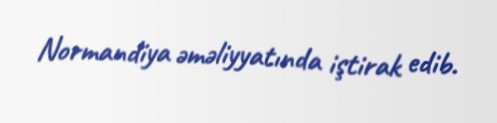
Normandiya əməliyyatında iştirak edib.